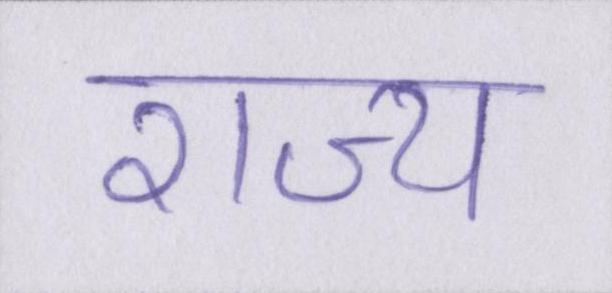
राज्य